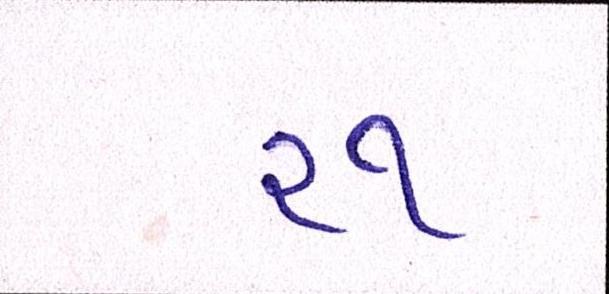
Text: ૨૧